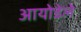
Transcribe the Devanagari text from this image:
आयोडेले